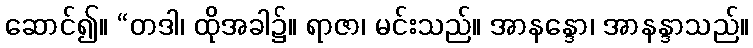
ဆောင်၍။ “တဒါ၊ ထိုအခါ၌။ ရာဇာ၊ မင်းသည်။ အာနန္ဒော၊ အာနန္ဒာသည်။